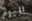
اليوم